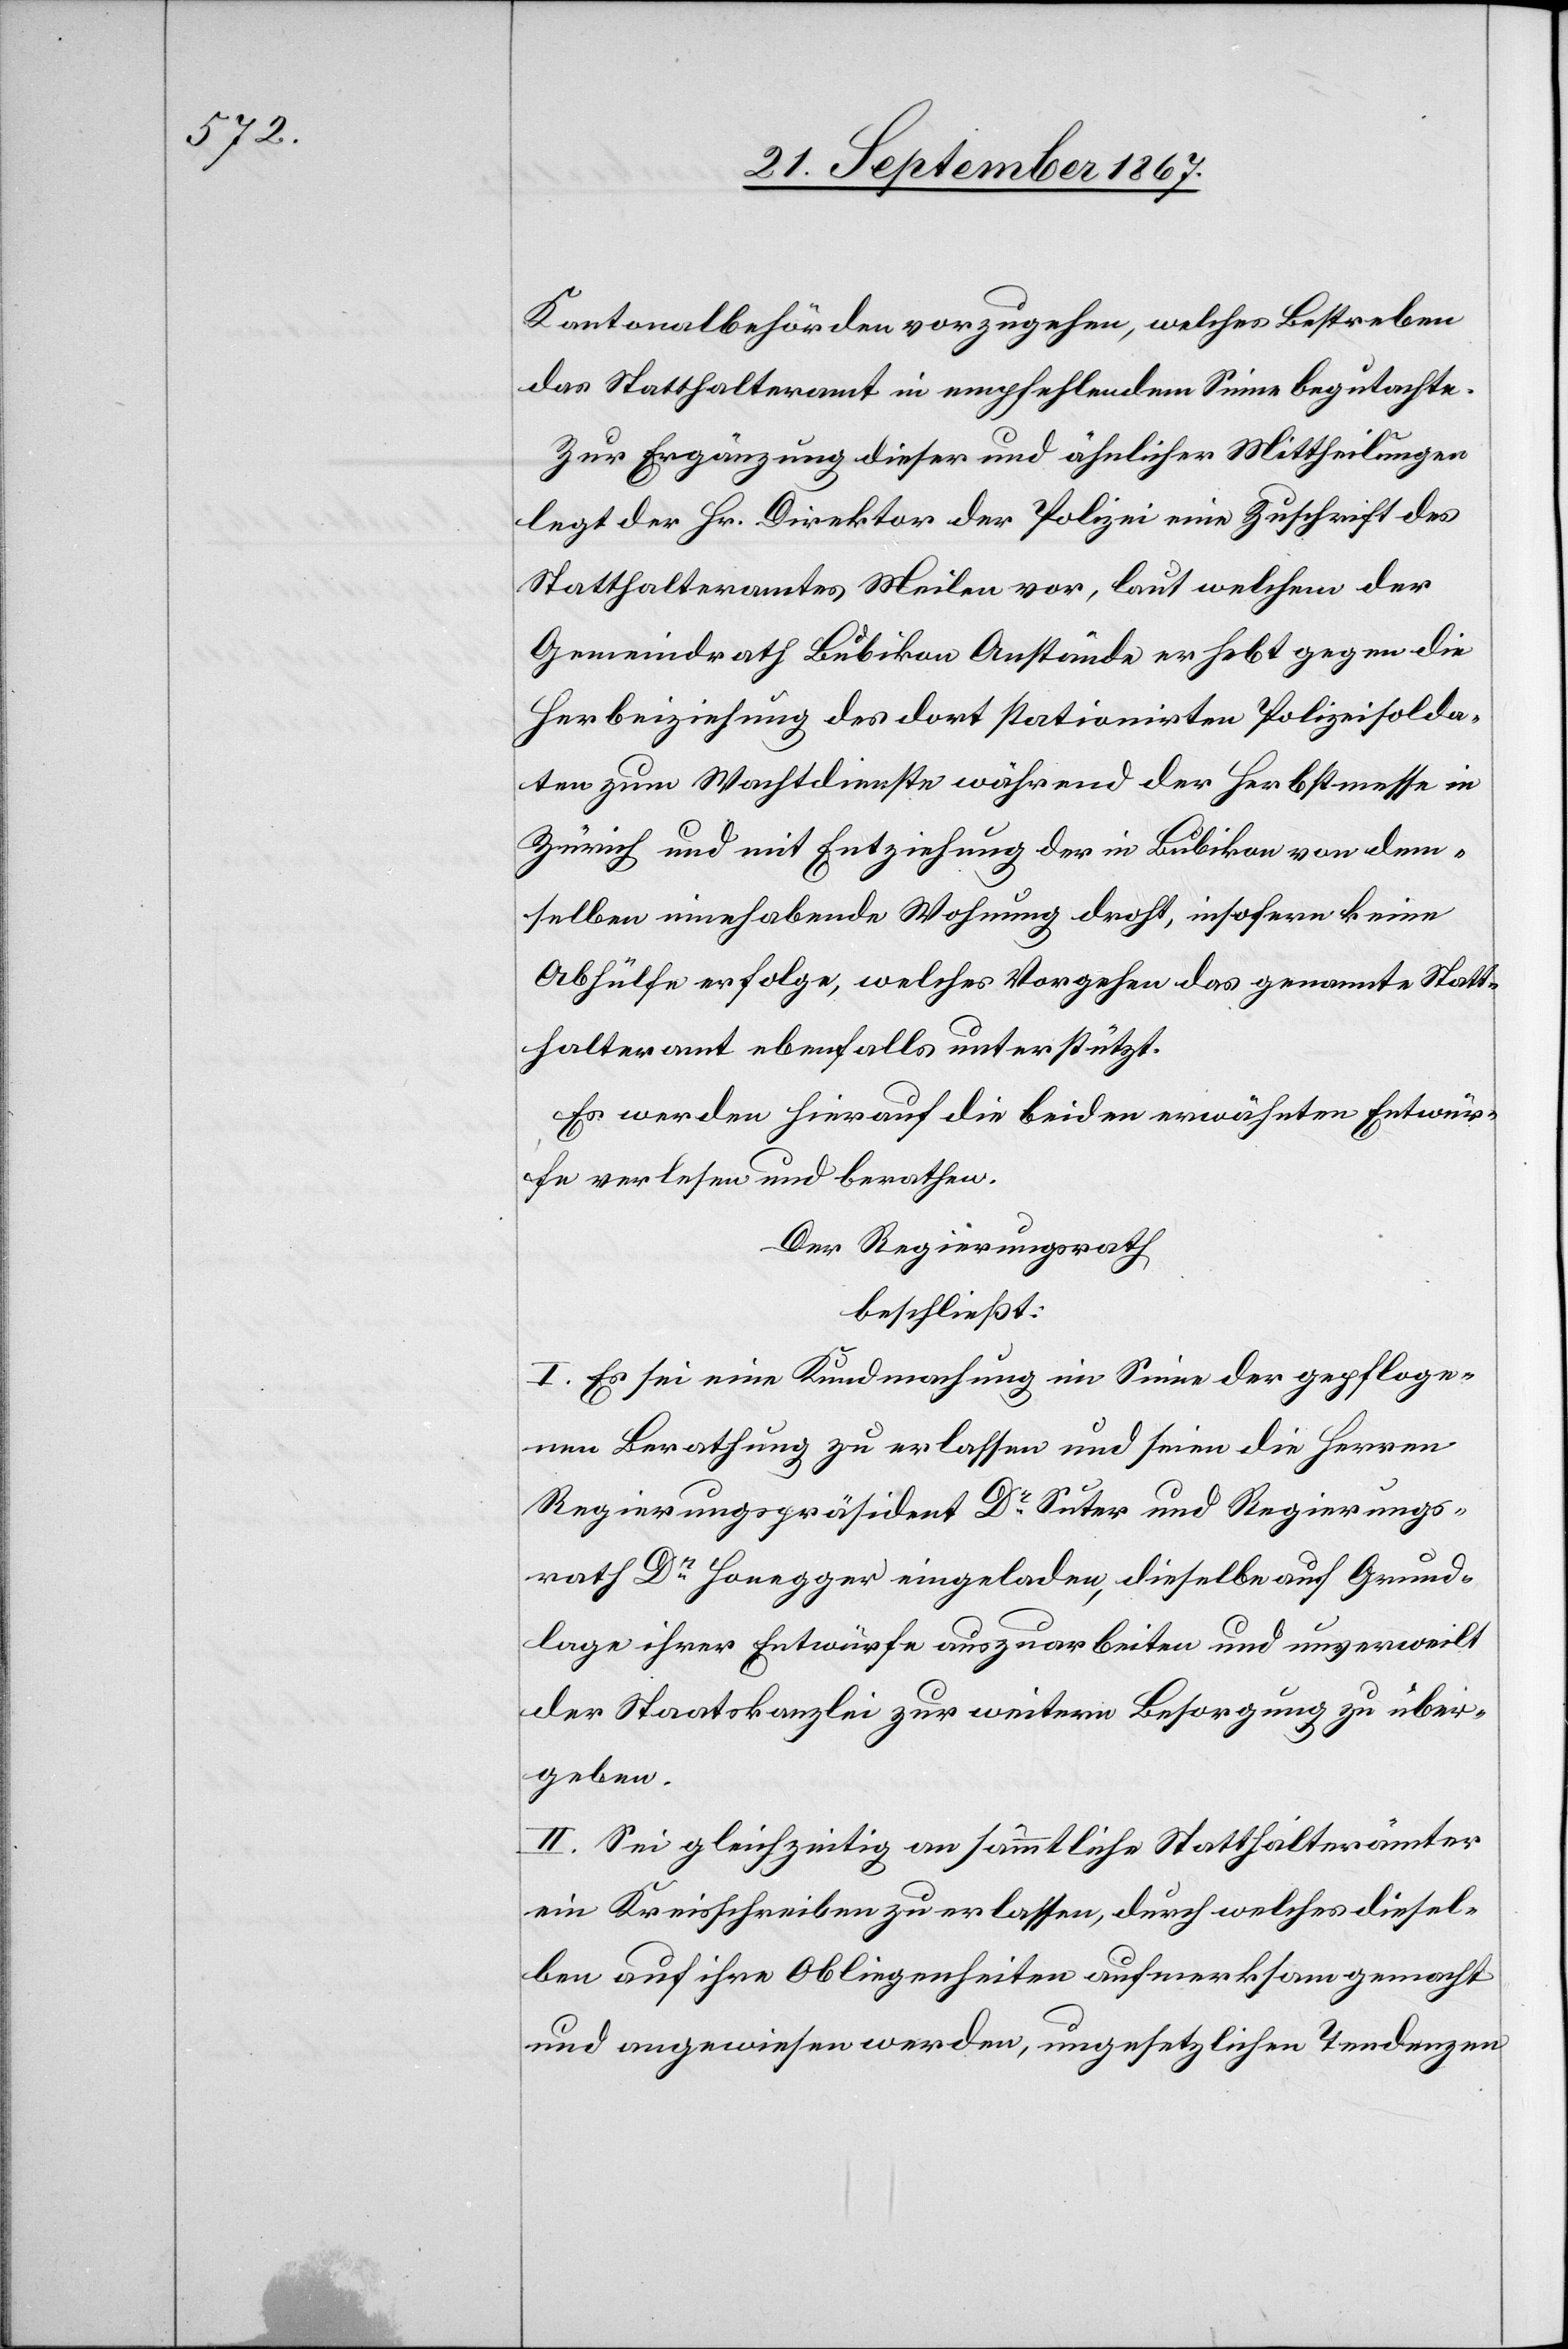
Kantonalbehörden vorzugehen, welches Bestreben
das Statthalteramt in empfehlendem Sinne begutachte.
Zur Ergänzung dieser und ähnlicher Mittheilungen
legt der Hr. Direktor der Polizei eine Zuschrift des
Statthalteramtes Meilen vor, laut welchem der
Gemeindrath Bubikon Anstände erhebt gegen die
Herbeiziehung des dort stationirten Polizeisolda¬
ten zum Wachdienste während der Herbstmesse in
Zürich und mit Entziehung der in Bubikon von dem¬
selben innehabende[n] Wohnung droht, insofern keine
Abhülfe erfolge, welches Vorgehen das genannte Statt¬
halteramt ebenfalls unterstützt.
Es werden hierauf die beiden erwähnten Entwür¬
fe verlesen und berathen.
Der Regierungsrath
beschließt:
I. Es sei eine Kundmachung im Sinne der gepfloge¬
nen Berathung zu erlassen und seien die Herren
Regierungspräsident Dr. Suter und Regierungs¬
rath Dr. Honegger eingeladen, dieselben auf Grund¬
lage ihrer Entwürfe auszuarbeiten und unverweilt
der Staatskanzlei zur weitern Besorgung zu über¬
geben.
II. Sei gleichzeitig an sämmtliche Statthalterämter
ein Kreisschreiben zu erlassen, durch welches diesel¬
ben auf ihre Obliegenheiten aufmerksam gemacht
und angewiesen werden, ungesetzlichen Tendenzen